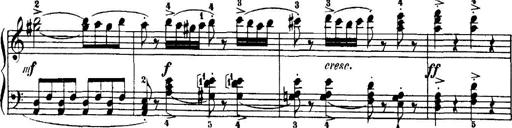
Title: 7 Sonatinas
Composer: Anton Diabelli